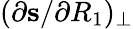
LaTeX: (\partial\mathbf{s}/\partial R_{1})_{\perp}